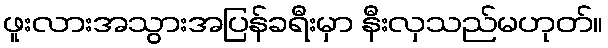
ဖူးလားအသွားအပြန်ခရီးမှာ နီးလှသည်မဟုတ်။